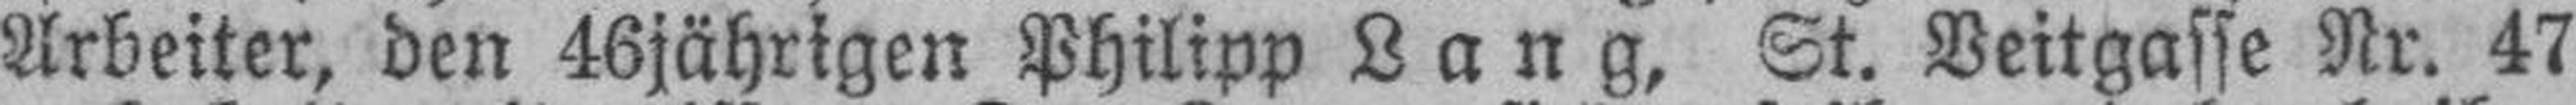
Arbeiter, den 46jährigen Philipp Lang, St. Veitgasse Nr. 47